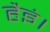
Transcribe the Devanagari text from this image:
हैइं।